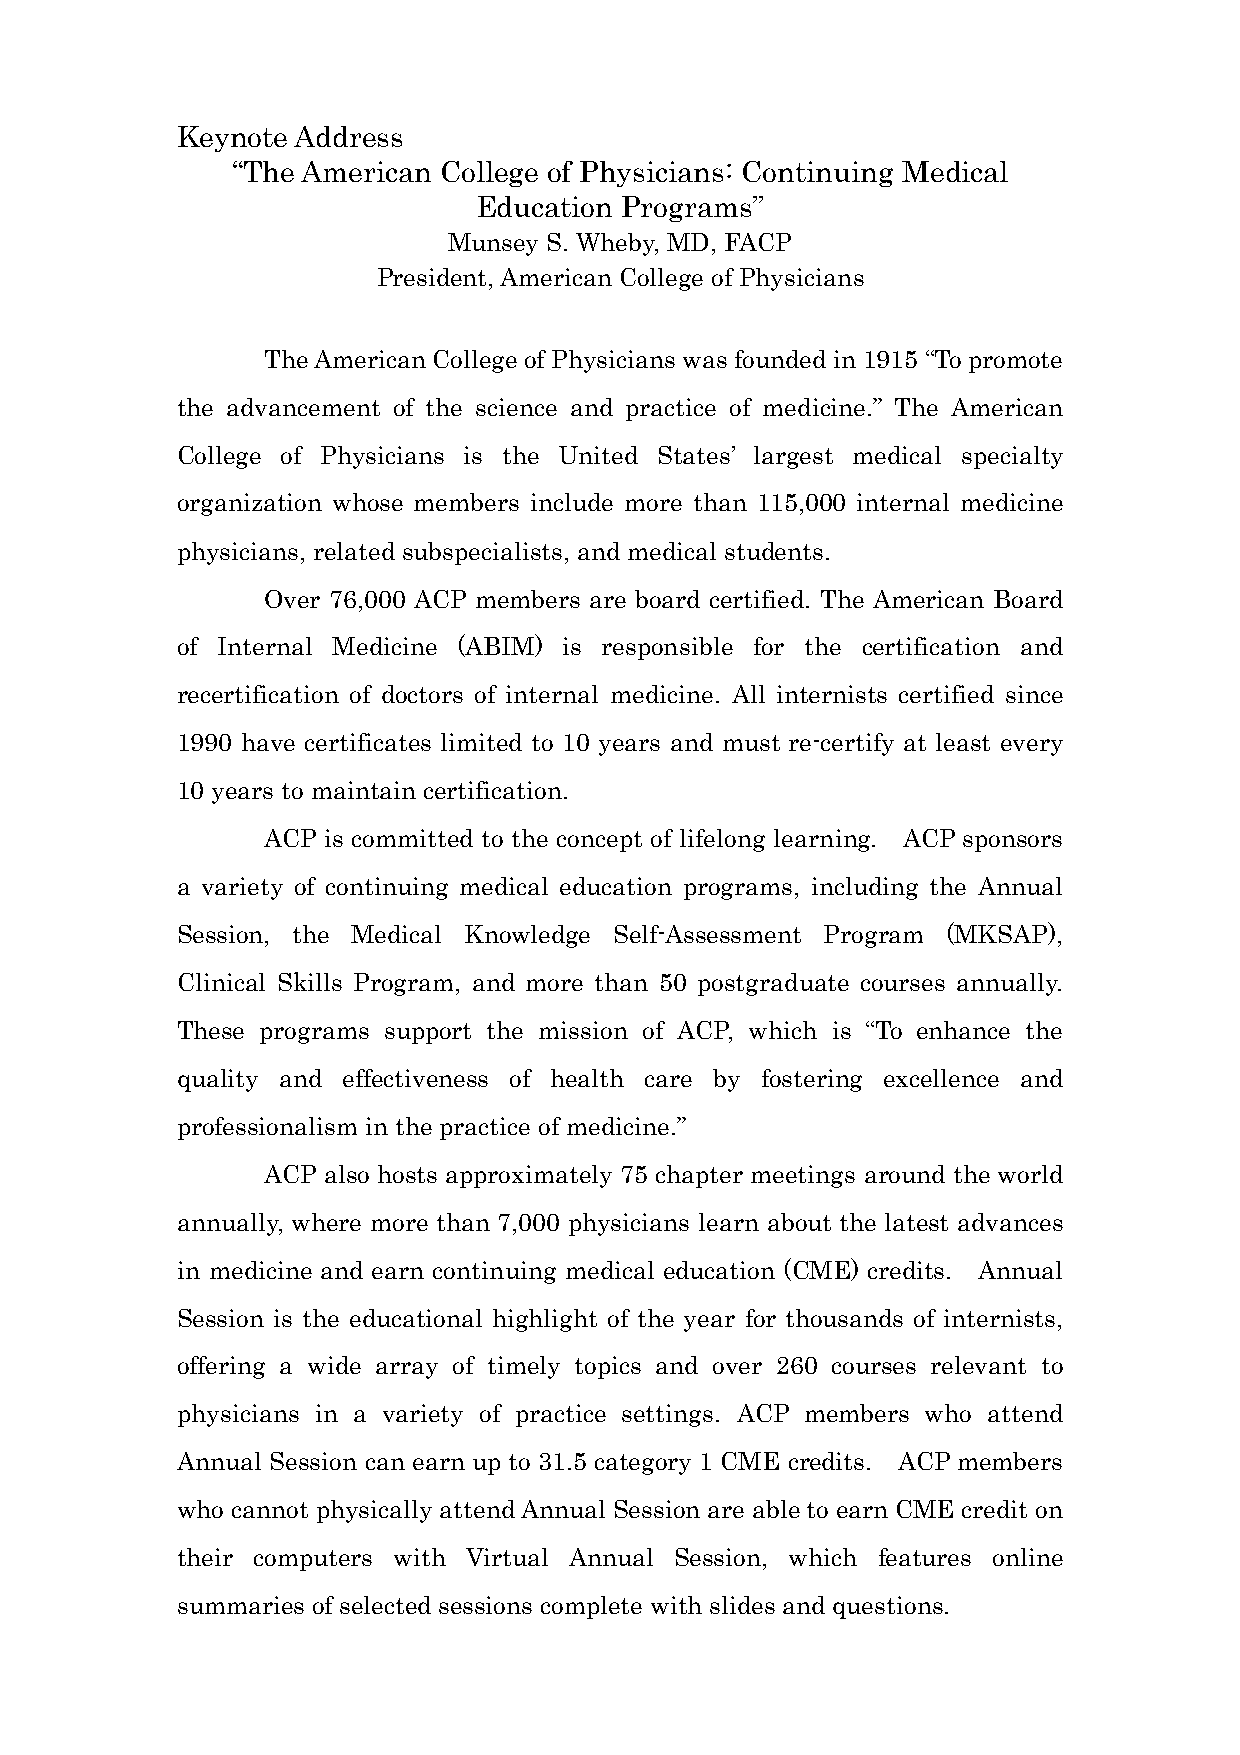
Keynote Address
 “The American College of Physicians: Continuing Medical
 Education Programs”
 Munsey S. Wheby, MD, FACP
 President, American College of Physicians
 The American College of Physicians was founded in 1915 “To promote
 the advancement of the science and practice of medicine.” The American
 College of Physicians is the United States’ largest medical specialty
 organization whose members include more than 115,000 internal medicine
 physicians, related subspecialists, and medical students.
 Over 76,000 ACP members are board certified. The American Board
 of Internal Medicine (ABIM) is responsible for the certification and
 recertification of doctors of internal medicine. All internists certified since
 1990 have certificates limited to 10 years and must re-certify at least every
 10 years to maintain certification.
 ACP is committed to the concept of lifelong learning. ACP sponsors
 a variety of continuing medical education programs, including the Annual
 Session, the Medical Knowledge Self-Assessment Program (MKSAP),
 Clinical Skills Program, and more than 50 postgraduate courses annually.
 These programs support the mission of ACP, which is “To enhance the
 quality and effectiveness of health care by fostering excellence and
 professionalism in the practice of medicine.”
 ACP also hosts approximately 75 chapter meetings around the world
 annually, where more than 7,000 physicians learn about the latest advances
 in medicine and earn continuing medical education (CME) credits. Annual
 Session is the educational highlight of the year for thousands of internists,
 offering a wide array of timely topics and over 260 courses relevant to
 physicians in a variety of practice settings. ACP members who attend
 Annual Session can earn up to 31.5 category 1 CME credits. ACP members
 who cannot physically attend Annual Session are able to earn CME credit on
 their computers with Virtual Annual Session, which features online
 summaries of selected sessions complete with slides and questions.